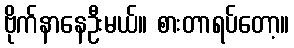
ဗိုက်နာနေဦးမယ်။ စားတာရပ်တော့။